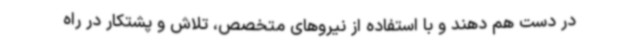
در دست هم دهند و با استفاده از نیروهای متخصص، تلاش و پشتکار در راه